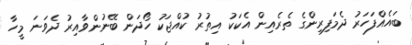
ބައެއްފަހަރު ދެމަފިރިންގެ ތެރެއިން އެކަކު އިތުރު ކުއްޖަކު ހޯދަން ބޭނުންވާއިރު ދެވަނަ މީހާ